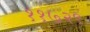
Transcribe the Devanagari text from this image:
११७२९